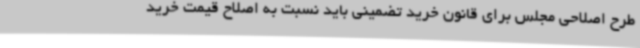
طرح اصلاحی مجلس برای قانون خرید تضمینی باید نسبت به اصلاح قیمت خرید